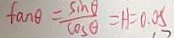
\tan \theta = \frac { \sin \theta } { \cos \theta } = H = 0 . 0 5